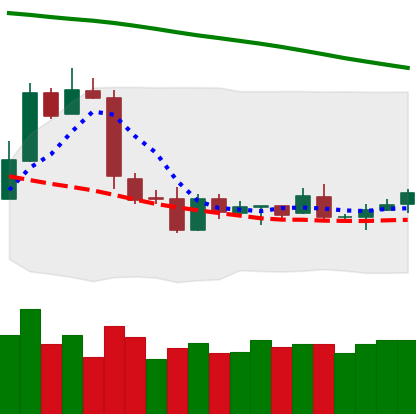
Ticker: LTC-USD
Chart end date: 2019-01-24
Forward return: -5.123%
Label: down_5_7